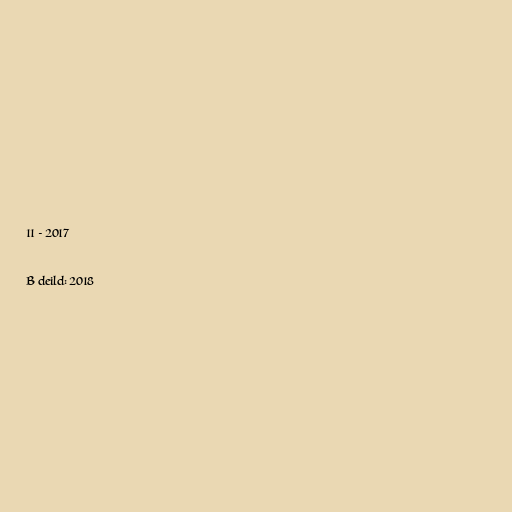
11 - 2017

B deild: 2018